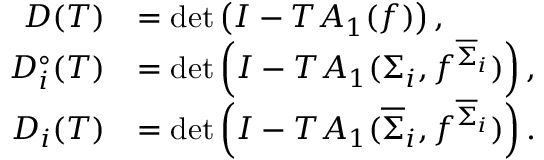
\begin{array} { r l } { D ( T ) } & { = \mathrm { d e t } \left( I - T A _ { 1 } ( f ) \right) , } \\ { D _ { i } ^ { \circ } ( T ) } & { = \mathrm { d e t } \left( I - T A _ { 1 } ( \Sigma _ { i } , f ^ { \overline { { \Sigma } } _ { i } } ) \right) , } \\ { D _ { i } ( T ) } & { = \mathrm { d e t } \left( I - T A _ { 1 } ( \overline { { \Sigma } } _ { i } , f ^ { \overline { { \Sigma } } _ { i } } ) \right) . } \end{array}